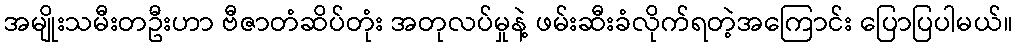
အမျိုးသမီးတဦးဟာ ဗီဇာတံဆိပ်တုံး အတုလပ်မှုနဲ့ ဖမ်းဆီးခံလိုက်ရတဲ့အကြောင်း ပြောပြပါမယ်။